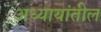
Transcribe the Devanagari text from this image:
अध्यायांतील